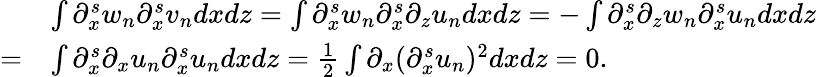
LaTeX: \begin{array}{rl}&{\int\partial_{x}^{s}w_{n}\partial_{x}^{s}v_{n}dxdz=\int\partial_{x}^{s}w_{n}\partial_{x}^{s}\partial_{z}u_{n}dxdz=-\int\partial_{x}^{s}\partial_{z}w_{n}\partial_{x}^{s}u_{n}dxdz}\\ {=}&{\int\partial_{x}^{s}\partial_{x}u_{n}\partial_{x}^{s}u_{n}dxdz=\frac 12\int\partial_{x}(\partial_{x}^{s}u_{n})^{2}dxdz=0.}\end{array}